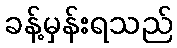
ခန့်မှန်းရသည်